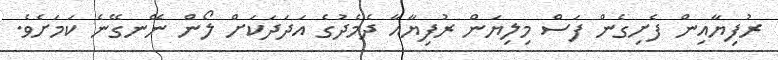
ރުފިޔާއިން ފެށިގެން ފަސް މިލިޔަން ރުފިޔާއާ ދެމެދުގެ އަދަދަކަށް ލޯން ނޭނގޭނެ ކަމަށެވެ.